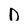
Character: D